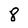
Character: 8